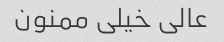
عالی خیلی ممنون